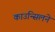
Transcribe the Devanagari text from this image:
काउन्सिलने